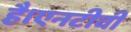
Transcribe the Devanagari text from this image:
है।एनटीवी